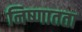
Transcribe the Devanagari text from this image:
निष्णातता